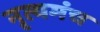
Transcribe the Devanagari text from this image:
नृत्यमंच